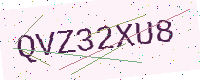
Text: QVZ32XU8